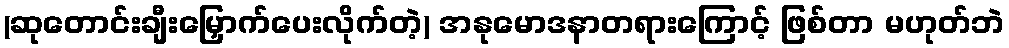
(ဆုတောင်းချီးမြှောက်ပေးလိုက်တဲ့) အနုမောဒနာတရားကြောင့် ဖြစ်တာ မဟုတ်ဘဲ